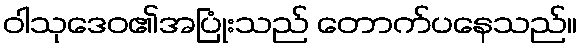
ဝါသုဒေဝ၏အပြုံးသည် တောက်ပနေသည်။